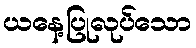
ယနေ့ပြုလုပ်သော